Indian journal of veterinary science and animal husbandry - Volumes 15-17, 1948-1951
Year: 1948
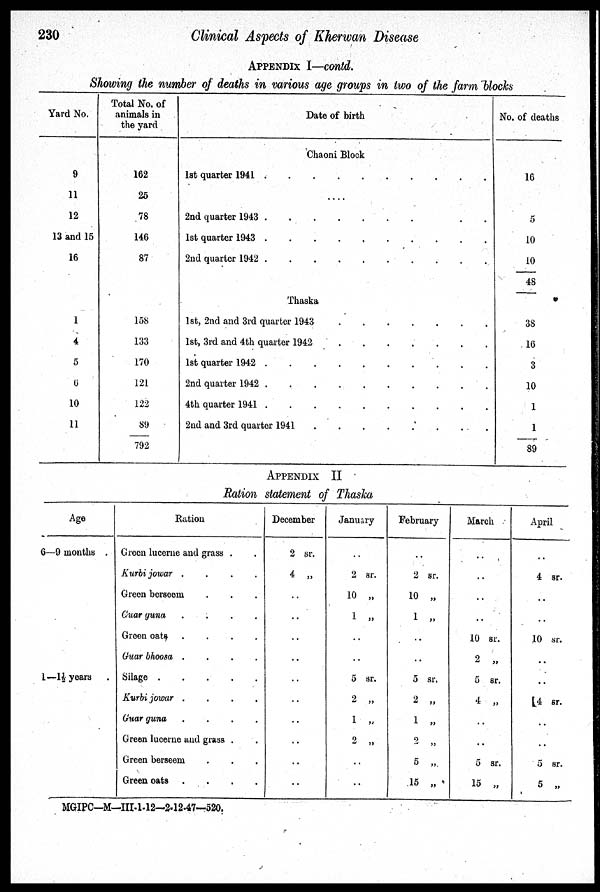
230
Clinical Aspects of Kherwan Disease
APPENDIX I—contd.
Showing the number of deaths in various age groups in two of the farm blocks
Yard No.
9
11
12
13 and 15
16
1
4
5
0
10
11
Total No. of
animals in
the yard
162
25
78
146
87
158
133
170
121
122
89
792
Date of birth
Chaoni Block
1st quarter 1941 . . . . . . . . . .
....
2nd quarter 1943 . . . . . . . . . .
1st quarter 1943 . . . . . . . . . .
2nd quarter 1942 . . . . . . . . . .
Thaska
1st, 2nd and 3rd quarter 1943 . . . . . . . . . .
1st, 3rd and 4th quarter 1942
.
.
.
.
.
.
.
1st quarter 1942 . . . . . . . . . .
2nd quarter 1942 . . . . . . . . . .
4th quarter 1941 .
.
.
.
.
.
.
.
.
.
2nd and 3rd quarter 1941
.
.
.
.
.
.
.
.
No. of deaths
16
5
10
10
48
38
16
3
10
1
1
89
APPENDIX II
Ration statement of Thaska
Age
6—9 months .
1—1½ years .
Ration
Green lucerne and grass . .
Kurbi jowar .
.
.
.
Green berseem . . .
Guar guna
.
.
.
.
Green oats .
.
.
.
Guar bhoosa .
.
.
.
Silage .
.
.
.
.
Kurbi jowar .
.
.
.
Guar guna
.
.
.
.
Green lucerne and grass . .
Green berseem . . .
Green oats .
.
.
.
December
2 sr.
4 „
..
..
..
..
..
..
..
..
..
..
January
..
2 sr.
10 „
1 „
..
..
5 sr.
2 „
1 „
2 „
..
..
February
..
2 sr.
10 „
1 „
..
..
5 sr.
2 „
1 „
2 „
5 „
15 „
March
..
..
..
..
10 sr.
2 „
5 sr.
4 „
..
..
5 sr.
15 „
April
..
4 sr.
..
..
10 sr.
..
..
4 sr.
..
..
5 sr.
5 „
MGIPC—M—III-1-12—2-12-47—520.